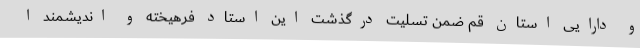
و دارایی استان قم ضمن تسلیت درگذشت این استاد فرهیخته و اندیشمند ا